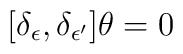
[\delta_\epsilon, \delta_{\epsilon'}] \theta = 0